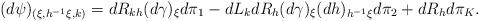
LaTeX: \begin{align*} (d\psi)_{(\xi,h^{-1}\xi,k)}=dR_{kh} (d\gamma)_\xi d\pi_1 - dL_kdR_{h} (d\gamma)_\xi (dh)_{h^{-1}\xi} d\pi_2+dR_{h}d\pi_K.\end{align*}